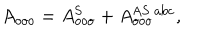
A _ { o o o } = A _ { o o o } ^ { \mathrm { S } } + A _ { o o o } ^ { \mathrm { A S \ a b c } } ,